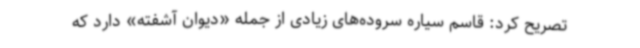
تصریح کرد: قاسم سیاره سروده‌های زیادی از جمله «دیوان آشفته» دارد که